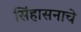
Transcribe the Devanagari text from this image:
सिंहासनाचे